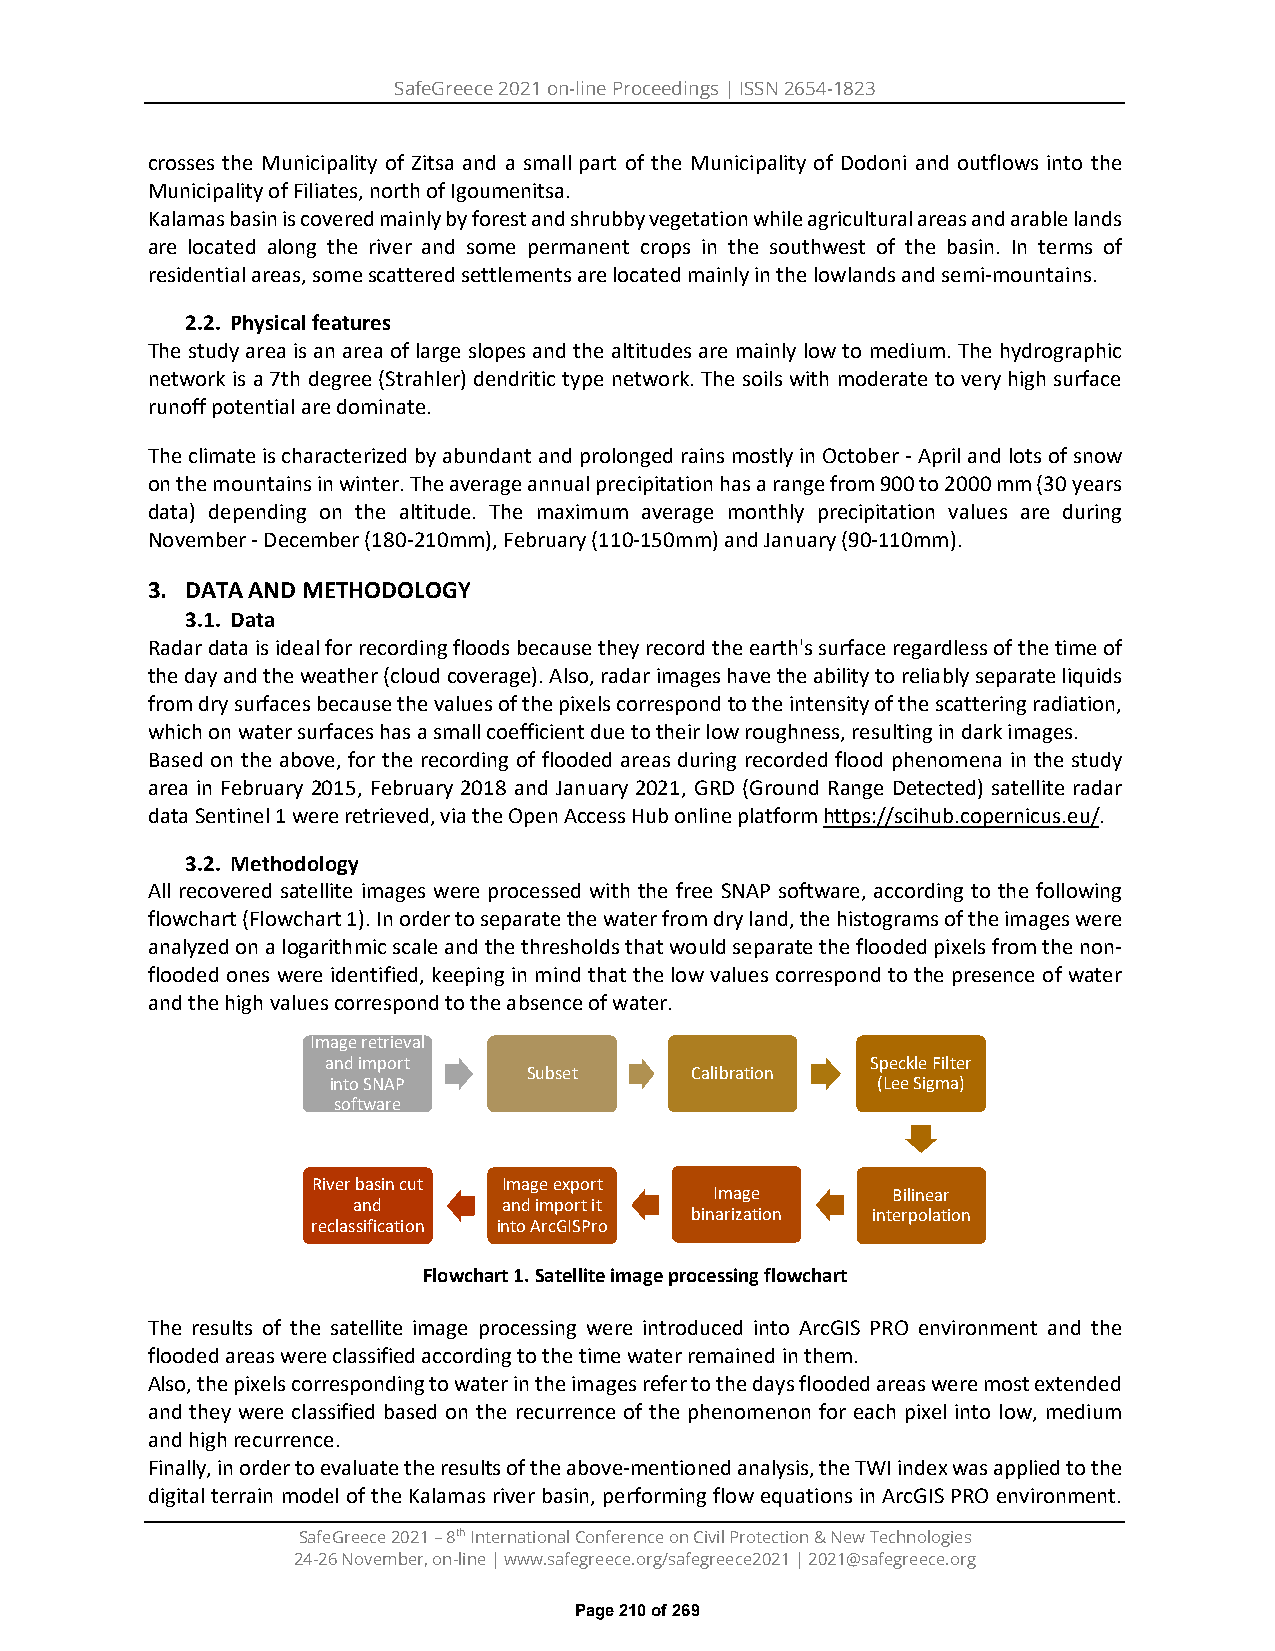
SafeGreece 2021 on-line Proceedings | ISSN 2654-1823
 crosses the Municipality of Zitsa and a small part of the Municipality of Dodoni and outflows into the
 Municipality of Filiates, north of Igoumenitsa.
 Kalamas basin is covered mainly by forest and shrubby vegetation while agricultural areas and arable lands
 are located along the river and some permanent crops in the southwest of the basin. In terms of
 residential areas, some scattered settlements are located mainly in the lowlands and semi-mountains.
 2.2. Physical features
 The study area is an area of large slopes and the altitudes are mainly low to medium. The hydrographic
 network is a 7th degree (Strahler) dendritic type network. The soils with moderate to very high surface
 runoff potential are dominate.
 The climate is characterized by abundant and prolonged rains mostly in October - April and lots of snow
 on the mountains in winter. The average annual precipitation has a range from 900 to 2000 mm (30 years
 data) depending on the altitude. The maximum average monthly precipitation values are during
 November - December (180-210mm), February (110-150mm) and January (90-110mm).
 3. DATA AND METHODOLOGY
 3.1. Data
 Radar data is ideal for recording floods because they record the earth's surface regardless of the time of
 the day and the weather (cloud coverage). Also, radar images have the ability to reliably separate liquids
 from dry surfaces because the values of the pixels correspond to the intensity of the scattering radiation,
 which on water surfaces has a small coefficient due to their low roughness, resulting in dark images.
 Based on the above, for the recording of flooded areas during recorded flood phenomena in the study
 area in February 2015, February 2018 and January 2021, GRD (Ground Range Detected) satellite radar
 data Sentinel 1 were retrieved, via the Open Access Hub online platform https://scihub.copernicus.eu/.
 3.2. Methodology
 All recovered satellite images were processed with the free SNAP software, according to the following
 flowchart (Flowchart 1). In order to separate the water from dry land, the histograms of the images were
 analyzed on a logarithmic scale and the thresholds that would separate the flooded pixels from the non-
 flooded ones were identified, keeping in mind that the low values correspond to the presence of water
 and the high values correspond to the absence of water.
 Image retrieval
 and import                          SpeckleFilter
 Subset     Calibration
 into SNAP                           (Lee Sigma)
 software
 River basin cut Image export
 Image       Bilinear
 and       and import it
 binarization interpolation
 reclassification into ArcGISPro
 Flowchart 1. Satellite image processing flowchart
 The results of the satellite image processing were introduced into ArcGIS PRO environment and the
 flooded areas were classified according to the time water remained in them.
 Also, the pixels corresponding to water in the images refer to the days flooded areas were most extended
 and they were classified based on the recurrence of the phenomenon for each pixel into low, medium
 and high recurrence.
 Finally, in order to evaluate the results of the above-mentioned analysis, the TWI index was applied to the
 digital terrain model of the Kalamas river basin, performing flow equations in ArcGIS PRO environment.
 SafeGreece 2021 – 8th International Conference on Civil Protection & New Technologies
 24-26 November, on-line | www.safegreece.org/safegreece2021 | 2021@safegreece.org
 Page 210 of 269